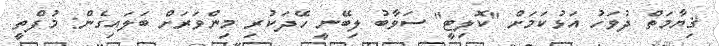
ޤިޔާމަތް ދުވަހު އަޅުކަމަށް "ކޮލިޓީ" ސަވާބު ލިބޭނީ ހޭދަކުރި މިންވަރަށް ބަލައިގެން: މުފްތީ